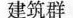
建筑群